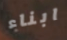
ابناء